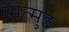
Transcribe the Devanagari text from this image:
मित्सुइ